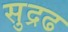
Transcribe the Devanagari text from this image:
सुद्रढ